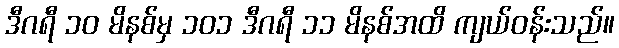
ဒီဂရီ ၁၀ မိနစ်မှ ၁၀၁ ဒီဂရီ ၁၁ မိနစ်အထိ ကျယ်ဝန်းသည်။